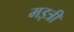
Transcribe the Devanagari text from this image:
मइत्री